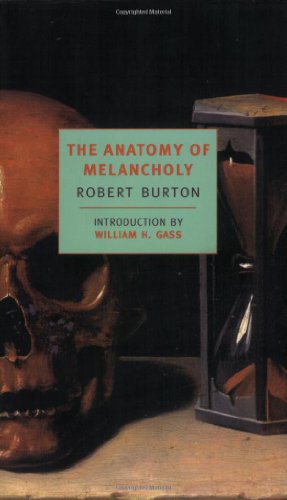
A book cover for The Anatomy of Melancholy (New York Review Books Classics); Robert Burton; Health, Fitness & Dieting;